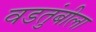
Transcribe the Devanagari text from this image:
वडतुंबीला